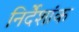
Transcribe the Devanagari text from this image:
निर्देंशांक